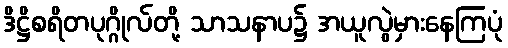
ဒိဋ္ဌိစရိတပုဂ္ဂိုလ်တို့ သာသနာပ၌ အယူလွဲမှားနေကြပုံ